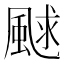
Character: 𩗕